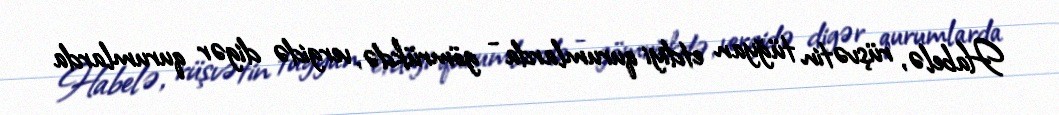
Habelə, rüşvətin tüğyan etdiyi qurumlarda - gömrükdə, vergidə digər qurumlarda